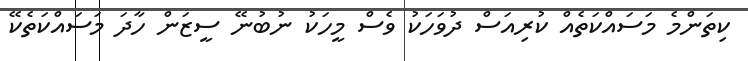
ކިތަންމެ މަސައްކަތެއް ކުރިއަސް ދުވަހަކު ވެސް މީހަކު ނުބުނޭ ސީޒަން ހާދަ މަސައްކަތެކޭ